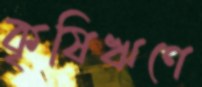
কৃষিঋণে